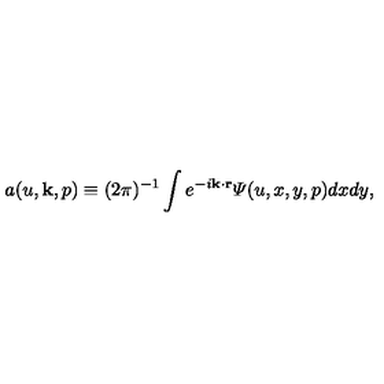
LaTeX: a ( u , { \bf k } , p ) \equiv ( 2 \pi ) ^ { - 1 } \int e ^ { - i { \bf k \cdot r } } { \mit \Psi } ( u , x , y , p ) d x d y ,